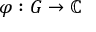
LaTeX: \varphi : G \to \mathbb { C }